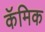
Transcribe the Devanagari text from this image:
कॅमिक